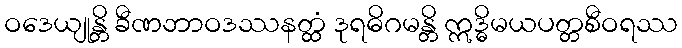
ဝဒေယျုန္တိ ခီဏဘာဝဒဿနတ္ထံ ဒုရဓိဂမန္တိ ဣဒ္ဓိမယပတ္တစီဝရဿ